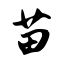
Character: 苗